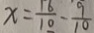
x = \frac { 1 6 } { 1 0 } - \frac { 9 } { 1 0 }